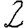
Digit: 2